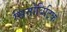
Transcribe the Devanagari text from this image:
सिनोबिटिक